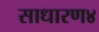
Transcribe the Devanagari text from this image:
साधारण४